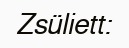
Zsüliett: